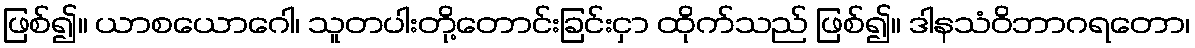
ဖြစ်၍။ ယာစယောဂေါ၊ သူတပါးတို့တောင်းခြင်းငှာ ထိုက်သည် ဖြစ်၍။ ဒါနသံဝိဘာဂရတော၊